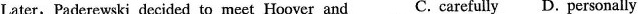
Later, Paderewski decided to meet Hoover and C. carefully D. personally